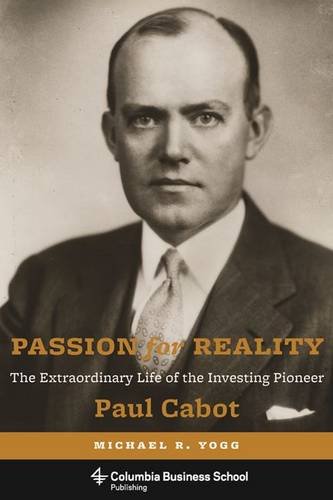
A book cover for Passion for Reality: The Extraordinary Life of the Investing Pioneer Paul Cabot (Columbia Business School Publishing); Michael R. Yogg; Business & Money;